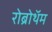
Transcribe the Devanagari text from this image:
रोब्रोथॅम